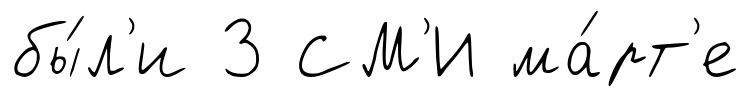
бы́л'и 3 СМ'И ма́рт'е